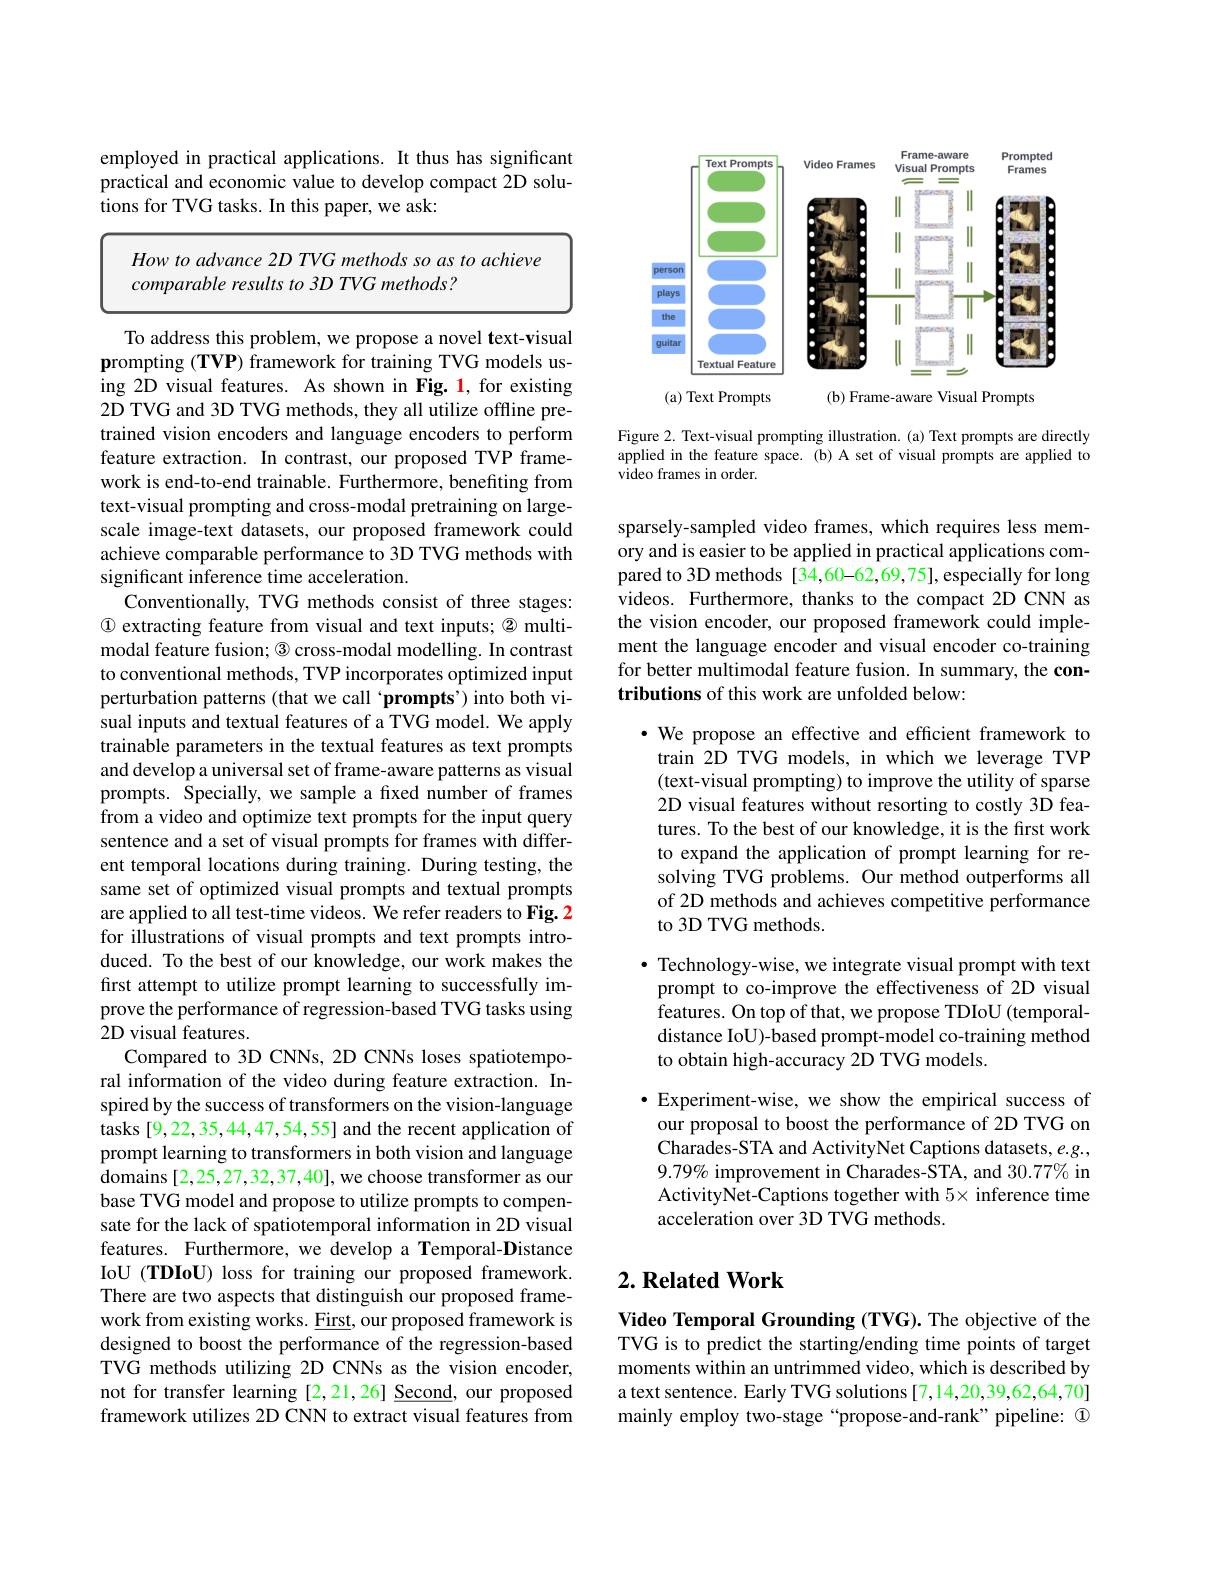
employed in practical applications. It thus has significant practical and economic value to develop compact 2D solutions for TVG tasks. In this paper, we ask:

How to advance 2D TVG methods so as to achieve
comparable results to 3D TVG methods ?

To address this problem, we propose a novel text-visual prompting (TVP) framework for training TVG models using 2D visual features. As shown in Fig. 1, for existing 2D TVG and 3D TVG methods, they all utilize offline pretrained vision encoders and language encoders to perform feature extraction. In contrast, our proposed TVP framework is end-to-end trainable. Furthermore, benefiting from text-visual prompting and cross-modal pretraining on largescale image-text datasets, our proposed framework could achieve comparable performance to 3D TVG methods with significant inference time acceleration.
Conventionally, TVG methods consist of three stages: $\textcircled{1}$ extracting feature from visual and text inputs; ® multimodal feature fusion; $\textcircled{3}$ cross-modal modelling. In contrast to conventional methods, TVP incorporates optimized input perturbation patterns (that we call ‘prompts’) into both visual inputs and textual features of a TVG model. We apply trainable parameters in the textual features as text prompts and develop a universal set of frame-aware patterns as visual prompts. Špecially, we sample a fxed number of frames from a video and optimize text prompts for the input query sentence and a set of visual prompts for frames with different temporal locations during training. During testing, the same set of optimized visual prompts and textual prompts are applied to all test-time videos. We refer readers to Fig. 2 for illustrations of visual prompts and text prompts introduced. To the best of our knowledge, our work makes the first attempt to utilize prompt learning to successfully improve the performance of regression-based TVG tasks using 2D visual features.
Compared to 3D CNNs, 2D CNNs loses spatiotemporal information of the video during feature extraction. Inspired by the success of transformers on the vision-language tasks [9,22,35,44,47,54,55] and the recent application of prompt learning to transformers in both vision and language domains [2,25,27,32,37,40], we choose transformer as our base TVG model and propose to utilize prompts to compensate for the lack of spatiotemporal information in 2D visual features. Furthermore, we develop a Temporal-Distance IoU (TDIoU) loss for training our proposed framework. There are two aspects that distinguish our proposed framework from existing works. Eirst, our proposed framework is designed to boost the performance of the regression-based TVG methods utilizing 2D CNNs as the vision encoder, not for transfer learning [2,21,26] Second, our proposed framework utilizes 2D CNN to extract visual features from

<FigureHere>

Figure 2. Text-visual prompting illustration.(a) Text prompts are directly applied in the feature space. (b) A set of visual prompts are applied to video frames in order.

sparsely-sampled video frames, which requires less memory and is easier to be applied in practical applications compared to 3D methods[34,60-62,69,75],especially for long videos. Furthermore, thanks to the compact 2D CNN as the vision encoder, our proposed framework could implement the language encoder and visual encoder co-training for better multimodal feature fusion. In summary, the contributions of this work are unfolded below:

$\cdot$ We propose an effective and efficient framework to train 2D TVG models, in which we leverage TVP (text-visual prompting) to improve the utility of sparse 2D visual features without resorting to costly 3D features. To the best of our knowledge, it is the first work to expand the application of prompt learning for resolving TVG problems. Our method outperforms all of 2D methods and achieves competitive performance to 3D TVG methods.

$\bullet$ Technology-wise, we integrate visual prompt with text prompt to co-improve the effectiveness of 2D visual features. On top of that, we propose TDIoU (temporaldistance IoU)-based prompt-model co-training method to obtain high-accuracy 2D TVG models.

$\bullet$ Experiment-wise, we show the empirical success of our proposal to boost the performance of 2D TVG on $\hat{\text{Charades-STA and ActivityNet Captions datasets, e.g.}}$ $9.79\%$ improvement in Charades-STA, and 30.77% in ActivityNet-Captions together with $5\times$ inference time acceleration over 3D TVG methods.

## $2. \textbf{Related Work}$

Video Temporal Grounding (TVG). The objective of the TVG is to predict the starting/ending time points of target moments within an untrimmed video, which is described by a text sentence. Early TVG solutions[7,14,20,39,62,64,70] mainly employ two-stage “propose-and-rank” pipeline: $\textcircled{1}$